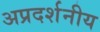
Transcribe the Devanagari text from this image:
अप्रदर्शनीय